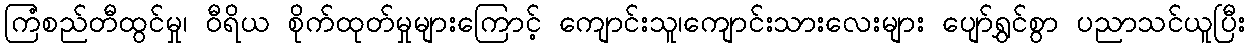
ကြံစည်တီထွင်မှု၊ ဝီရိယ စိုက်ထုတ်မှုများကြောင့် ကျောင်းသူ၊ကျောင်းသားလေးများ ပျော်ရွှင်စွာ ပညာသင်ယူပြီး